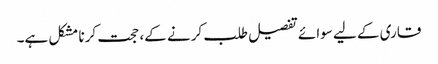
قاری کے لیے سوائے تفصیل طلب کرنے کے، حجت کرنا مشکل ہے۔